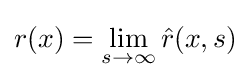
\displaystyle r(x)=\lim _{s\to \infty }{\hat {r}}(x,s)